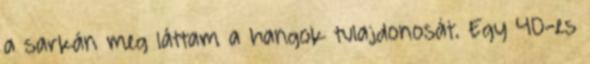
a sarkán meg láttam a hangok tulajdonosát. Egy 40-es